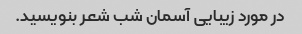
در مورد زیبایی آسمان شب شعر بنویسید.